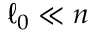
\ell _ { 0 } \ll n